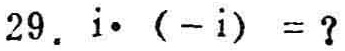
$29.\ i\cdot (-i) = ?$